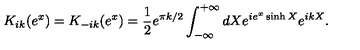
K _ { i k } ( e ^ { x } ) = K _ { - i k } ( e ^ { x } ) = \frac { 1 } { 2 } e ^ { \pi k / 2 } \int _ { - \infty } ^ { + \infty } d X e ^ { i e ^ { x } \sinh X } e ^ { i k X } .